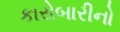
કારોબારીનો